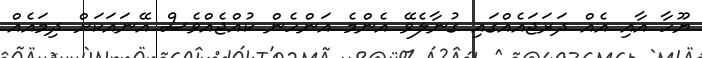
ޔޫހާ އާއި އެއް ދަރަޖައެއްގައި ގުނާލެވޭ އެންމެ އަންހެން ކުއްޖެއްވެސް އޭނައަކަށް ދިމައެއް